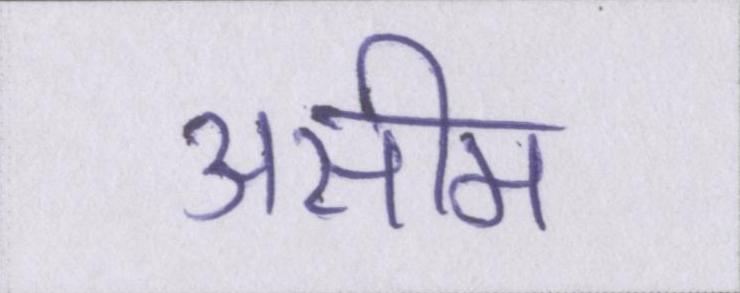
असीम